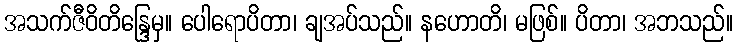
အသက်ဇီဝိတိန္ဒြေမှ။ ပေါရောပိတာ၊ ချအပ်သည်။ နဟောတိ၊ မဖြစ်။ ပိတာ၊ အဘသည်။